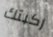
ركبتك